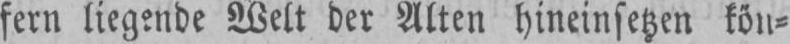
fern liegende Welt der Alten hineinsetzen kön⸗